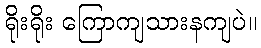
ရိုးရိုး ကြောကျသားနကျပဲ။